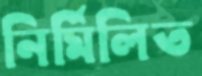
নির্মিলিত